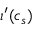
\iota ^ { \prime } ( c _ { s } )